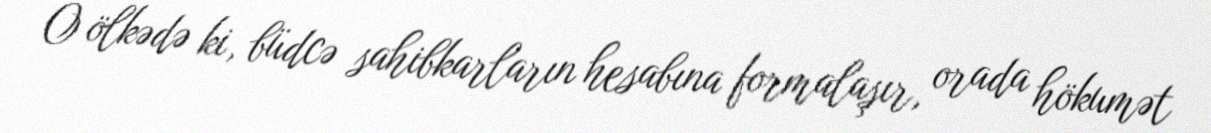
O ölkədə ki, büdcə sahibkarların hesabına formalaşır, orada hökumət